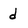
Character: d